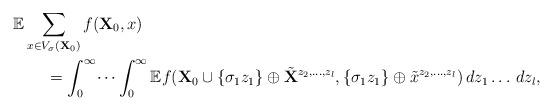
LaTeX: \begin{align*}&\mathbb{E} \sum_{x \in V_{\sigma} (\mathbf{X}_0)} f(\mathbf{X}_0, x)\\&\qquad= \int_0^\infty \dots \int_0^\infty \mathbb{E} f( \mathbf{X}_0 \cup \{\sigma_1 z_1\}\oplus\tilde{\mathbf{X}}^{z_2,\dots,z_l}, \{\sigma_1 z_1\} \oplus \tilde{x}^{z_2,\dots,z_l})\,dz_1\dots\,dz_l,\end{align*}